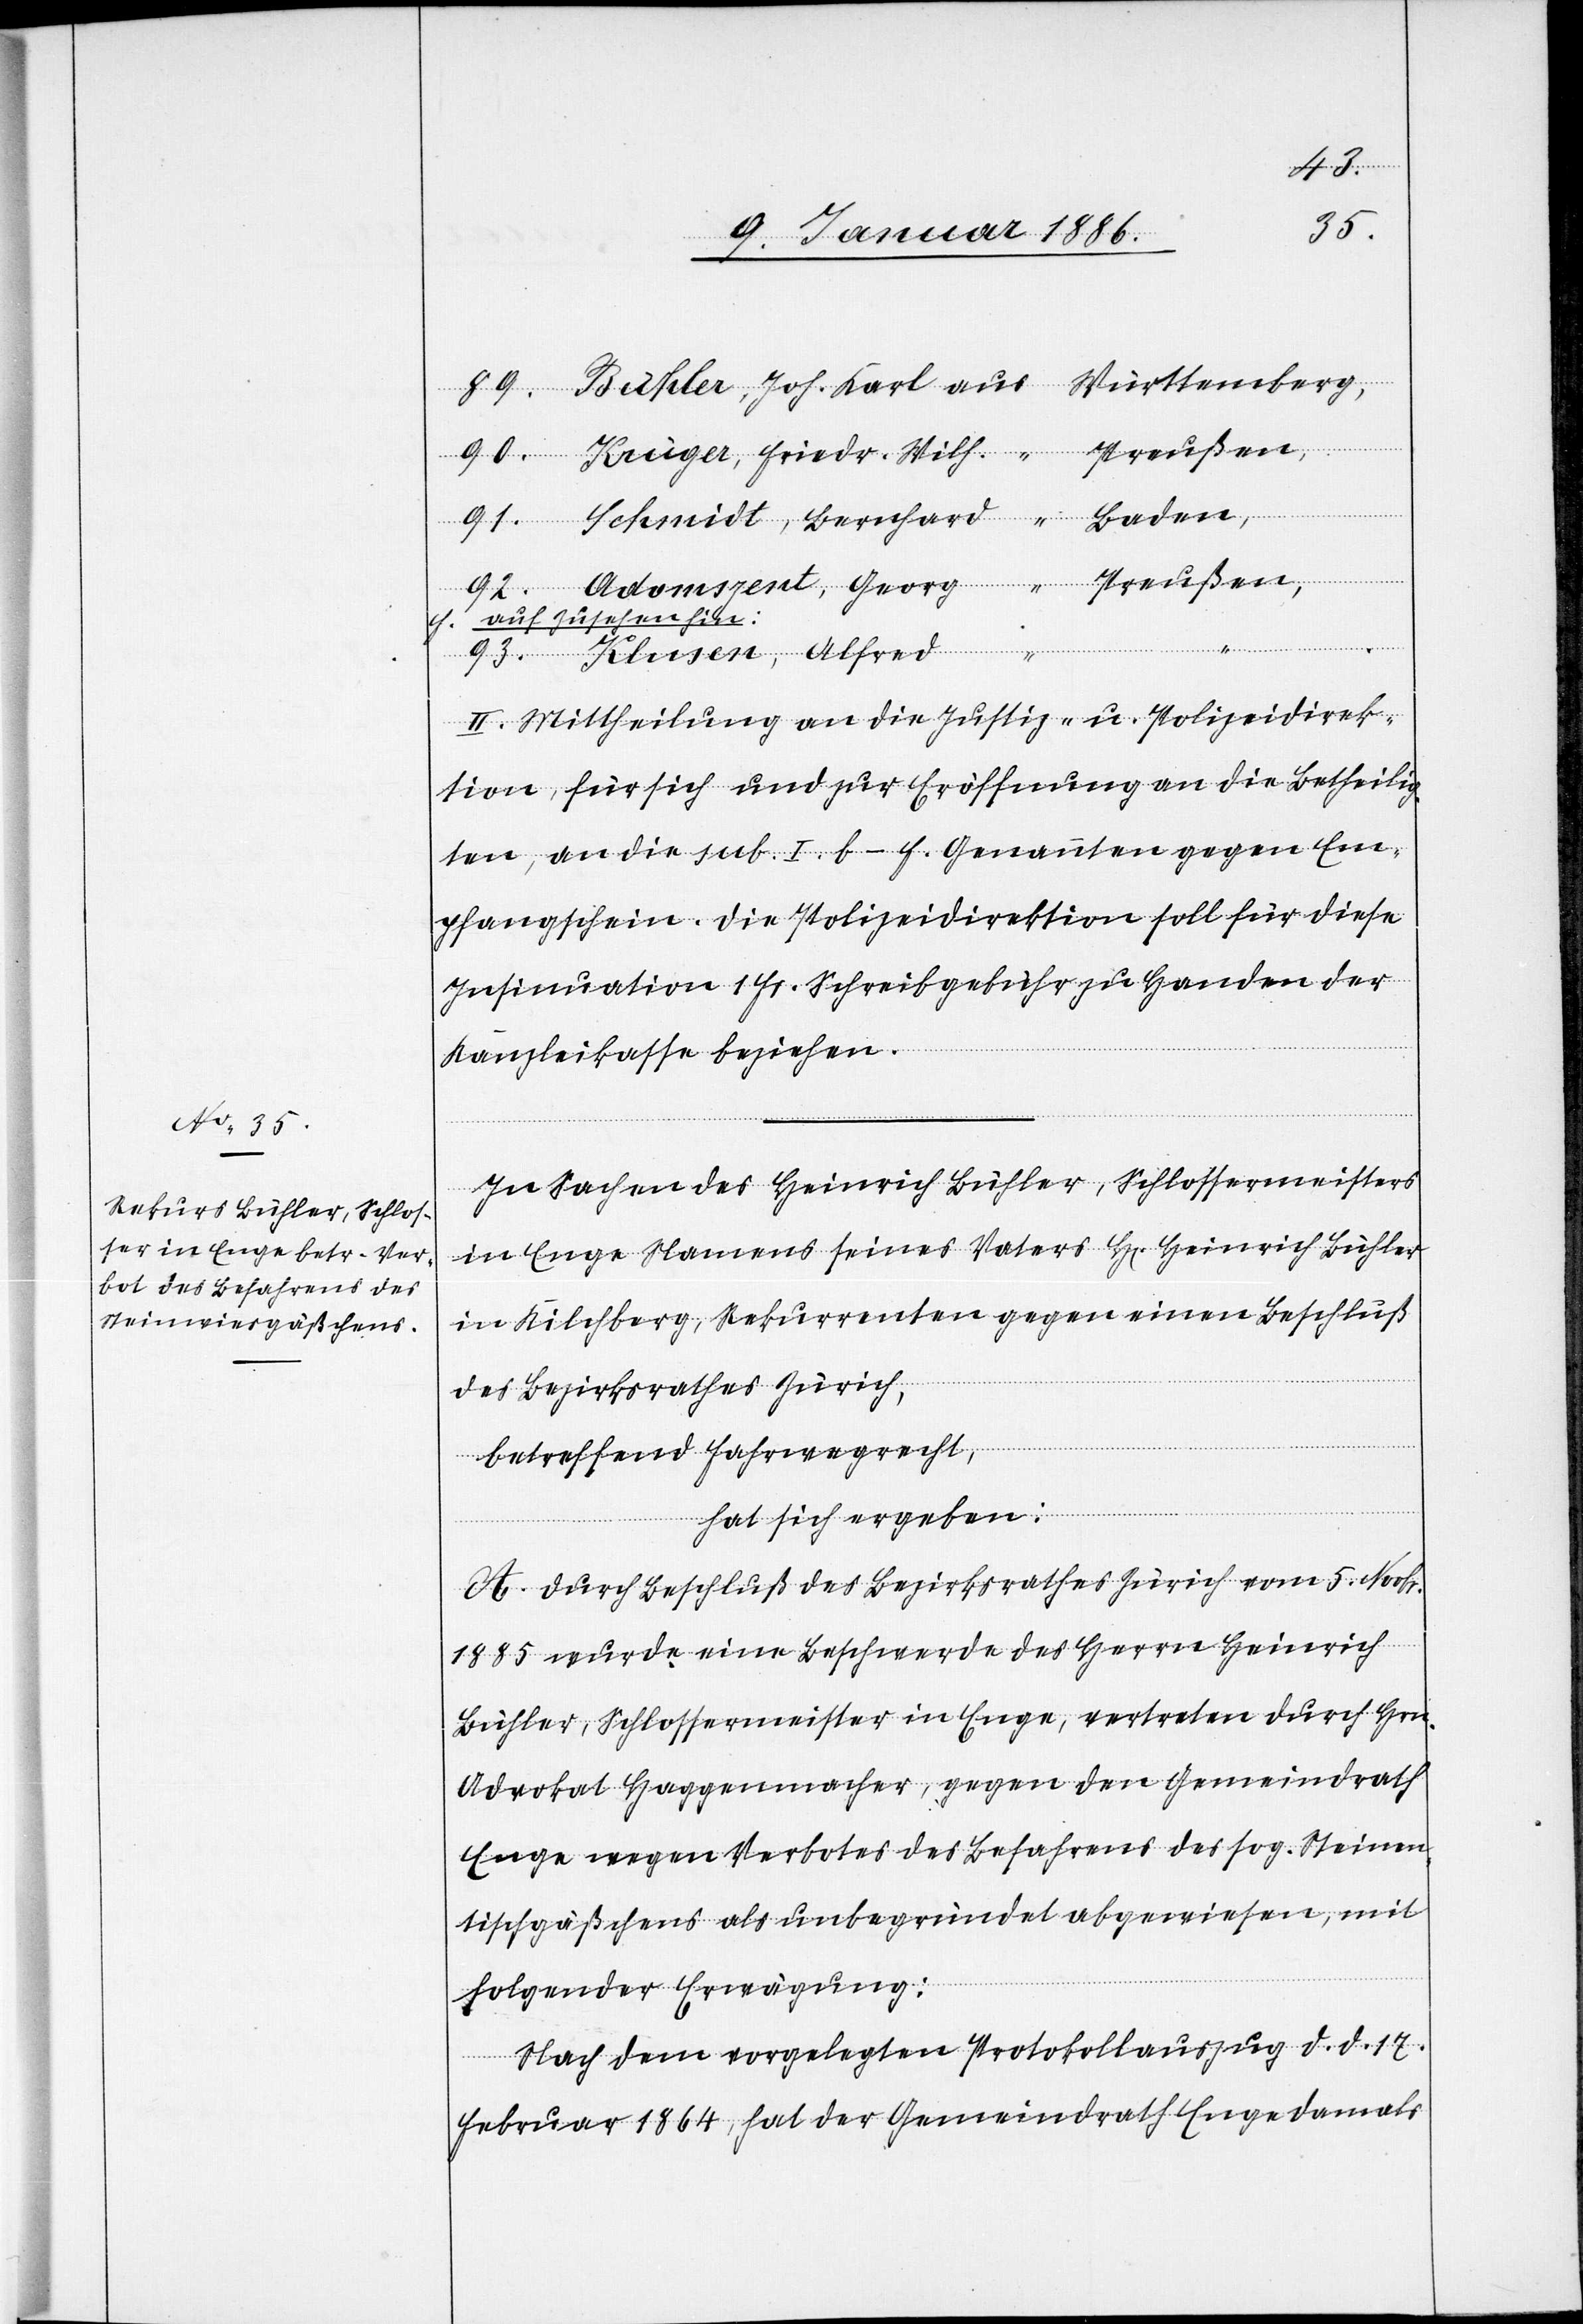
89.
92.
f) auf zusehen hin:
Klusen, Alfred
II. Mittheilung an die Justiz- u. Polizeidirek¬
tion, für sich und zur Eröffnung an die Betheilig¬
ten, an die sub. I. b–f Genannten gegen Em¬
pfangscheine. Die Polizeidirektion soll für diese
Insinuation 1 Fr. Schreibgebühr zu Handen der
Kanzleikasse beziehen.
In Sachen des Heinrich Bühler, Schlossermeisters
in Enge Namens seines Vaters H[err] Heinrich Bühler
im Kilchberg, Rekurrenten gegen einen Beschluß
des Bezirksrathes Zürich,
betreffend Fahrwegrecht,
hat sich ergeben:
A. Durch Beschluß des Bezirksrathes Zürich vom 5. Novbr.
1885 wurde eine Beschwerde des Herrn Heinrich
Bühler, Schlossermeister in Enge, vertreten durch Hrn.
Advokat Haggenmacher, gegen den Gemeindrath
Enge wegen Verbotes des Befahrens des sog. Steinen¬
tischgäßchens als unbegründet abgewiesen, mit
folgender Erwägung:
Nach dem vorgelegten Protokollauszug d. d. 17.
Februar 1864, hat der Gemeindrath Enge damals